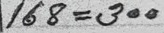
168 = 300